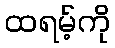
ထရမ့်ကို